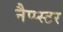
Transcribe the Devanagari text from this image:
नैप्प्स्टर